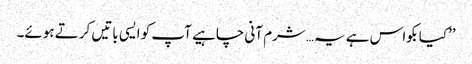
’’کیا بکواس ہے یہ…شرم آنی چاہیے آپ کو ایسی باتیں کرتے ہوئے۔